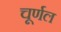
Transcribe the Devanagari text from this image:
चूर्णल